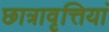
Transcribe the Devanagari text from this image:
छात्रावृत्तियां